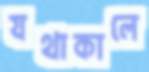
যথাকালে